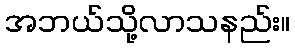
အဘယ်သို့လာသနည်း။